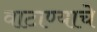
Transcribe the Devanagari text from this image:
वाटाण्याचे